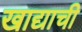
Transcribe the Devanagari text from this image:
खाद्याची